Annual report of the Imperial Bacteriologist
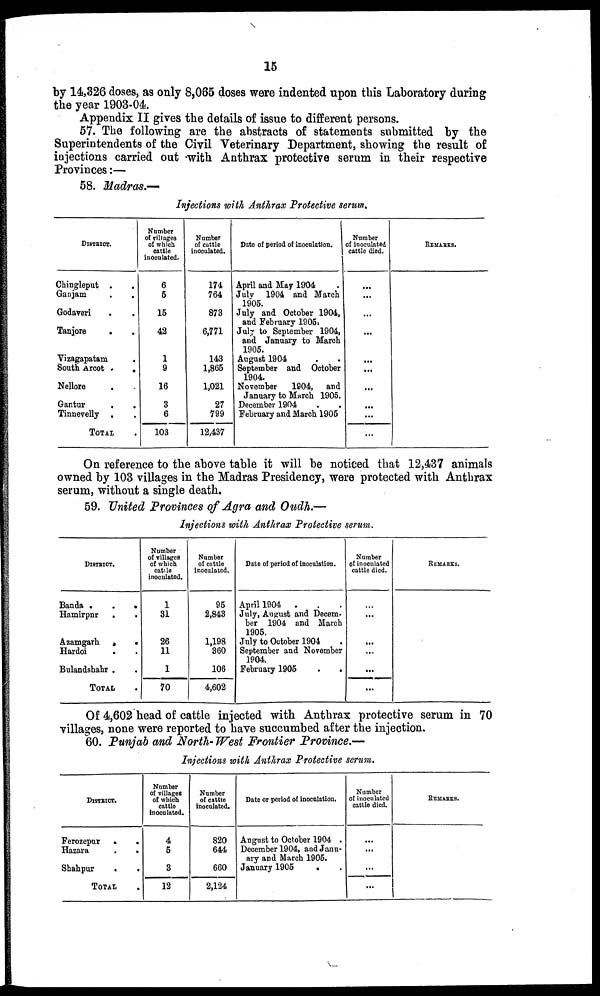
15
by 14,326 doses, as only 8,065 doses were indented upon this Laboratory during
the year 1903-04.
Appendix II gives the details of issue to different persons.
57. The following are the abstracts of statements submitted by the
Superintendents of the Civil Veterinary Department, showing the result of
injections carried out with Anthrax protective serum in their respective
Provinces:—
58. Madras.—
Injections with Anthrax Protective serum.
DISTRICT.
Chingleput . .
Ganjam
.
.
Godaveri . .
Tanjore . .
Vizagapatam .
South Arcot . .
Nellore . .
Gantur . .
Tinnevelly . .
TOTAL
Number
of villages
of which
cattle
inoculated.
6
5
15
42
1
9
16
3
6
103
Number
of cattle
inoculated.
174
764
873
6,771
143
1,865
1,021
27
799
12,437
Date of period of inoculation.
April and May 1904
July 1904 and March
1905.
July and October 1904,
and February 1905.
July to September 1904,
and January to March
1905.
August 1904
September and October
1904.
November
1904, and
January to March 1905.
December 1904
February and March 1905
Number
of inoculated
cattle died.
...
...
...
...
...
...
...
...
...
REMARKS.
On reference to the above table it will be noticed that 12,437 animals
owned by 103 villages in the Madras Presidency, were protected with Anthrax
serum, without a single death.
59. United Provinces of Agra and Oudh.—
Injections with Anthrax Protective serum.
DISTRICT.
Banda .
.
.
Hamirpnr .
.
Azamgarh
.
.
Hardoi
Bulandshahr .
TOTAL
Number
of villages
of which
cattle
inoculated.
1
31
26
11
1
70
Number
of cattle
inoculated.
95
2,843
1,198
360
106
4,602
Date of period of inoculation.
April 1904 .
July, August and Decem-
ber 1904 and March
1905.
July to October 1904
September and November
1904.
February 1905 . .
Number
of inoculated
cattle died.
...
...
...
...
...
...
REMARKS.
Of 4,602 head of cattle injected with Anthrax protective serum in 70
villages, none were reported to have succumbed after the injection.
60. Punjab and North-West Frontier Province.—
Injections with Anthrax Protective serum.
DISTRICT.
Ferozepur .
.
Hazara
.
.
Shahpur
.
.
TOTAL .
Number
of villages
of which
cattle
inoculated.
4
5
3
12
Number
of cattle
inoculated.
820
644
660
2,124
Date or period of inoculation.
August to October 1904 .
December 1904, and Janu-
ary and March 1905.
January 1905
.
Number
of inoculated
cattle died.
...
...
...
...
REMARKS.